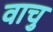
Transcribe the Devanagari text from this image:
वाचु